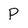
Character: p